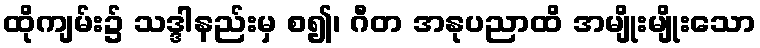
ထိုကျမ်း၌ သဒ္ဒါနည်းမှ စ၍၊ ဂီတ အနုပညာထိ အမျိုးမျိုးသော